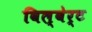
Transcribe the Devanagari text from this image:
विल्बेर्ट